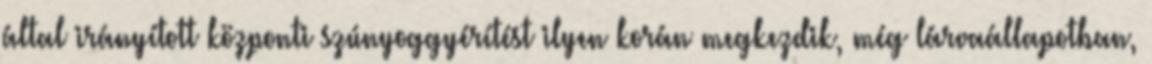
által irányított központi szúnyoggyérítést ilyen korán megkezdik, még lárvaállapotban,